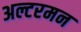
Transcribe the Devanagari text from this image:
अल्टरमन